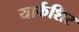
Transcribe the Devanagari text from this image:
यार्कशिर